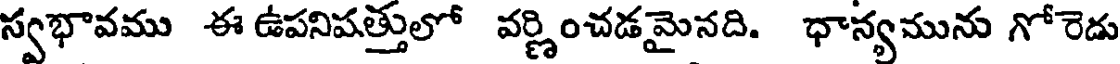
స్వభావము ఈ ఉపనిపత్తులో వర్ణించడమైనది. ధాన్యమును గోరెడు